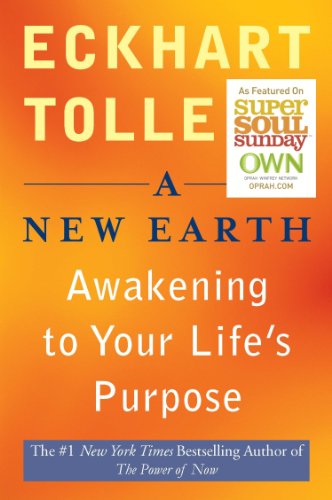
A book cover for A New Earth: Awakening to Your Life's Purpose (Oprah's Book Club, Selection 61); Eckhart Tolle; Self-Help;